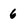
Character: 6